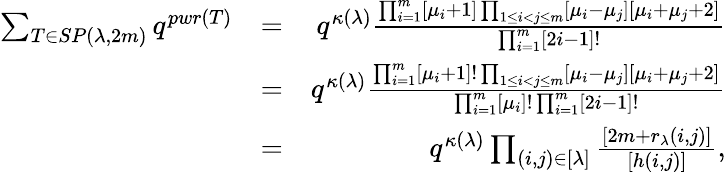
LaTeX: \begin{array}{rlr}{\sum_{T\in SP(\lambda,2m)}q^{pwr(T)}}&{=}&{q^{\kappa(\lambda)}\frac{\prod_{i=1}^{m}[\mu_{i}+1]\prod_{1\leq i<j\leq m}[\mu_{i}-\mu_{j}][\mu_{i}+\mu_{j}+2]}{\prod_{i=1}^{m}[2i-1]!}}\\ &{=}&{q^{\kappa(\lambda)}\frac{\prod_{i=1}^{m}[\mu_{i}+1]!\prod_{1\leq i<j\leq m}[\mu_{i}-\mu_{j}][\mu_{i}+\mu_{j}+2]}{\prod_{i=1}^{m}[\mu_{i}]!\prod_{i=1}^{m}[2i-1]!}}\\ &{=}&{q^{\kappa(\lambda)}\prod_{(i,j)\in[\lambda]}\frac{[2m+r_{\lambda}(i,j)]}{[h(i,j)]},}\end{array}